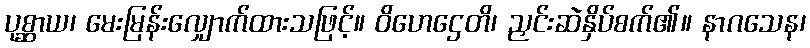
ပုစ္ဆာယ၊ မေးမြန်းလျှောက်ထားသဖြင့်။ ဝိဟေဌေတိ၊ ညှင်းဆဲနှိပ်စက်၏။ နာဂသေန၊